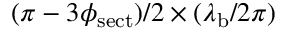
( \pi - 3 \phi _ { \mathrm { s e c t } } ) / 2 \times ( \lambda _ { \mathrm { b } } / 2 \pi )